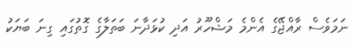
ނަމަވެސް ރާއްޖޭގެ އެންމެ މަޝްހޫރު އަދި ކުޅަދާނަ ބަތަލާގެ ގޮތުގައި ގިނަ ބަޔަކު